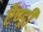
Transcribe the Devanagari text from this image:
ऐण्ड्री